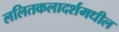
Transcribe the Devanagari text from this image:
ललितकलादर्शमधील